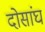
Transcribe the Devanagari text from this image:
दोसांघ